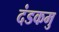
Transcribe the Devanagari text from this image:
दंडकमु